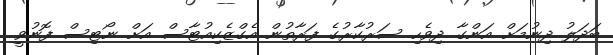
ބަދަލު ދިނުމަށް އަންގާ ދިވެހި ސަރުކާރުގެ ފަރާތުން އެގްޒެކިއުޓާސް އަށް ނޯޓިސް ފޮނުވީ